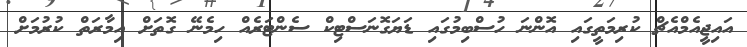
އައިޖީއެމްއެޗް ކުރިމަތީގައި އޮންނަ ހުސްބިމުގައި ޑަޔަގޮނަސްޓިކް ސެންޓަރެއް ހިމެނޭ ގޮތަށް އިމާރަތް ކުރުމަށް